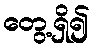
တွေ့ရှိ၍